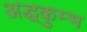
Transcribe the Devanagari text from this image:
अद्धकुम्भ